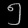
Digit: ၅